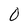
Character: 0